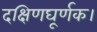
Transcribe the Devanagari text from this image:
दक्षिणघूर्णक।